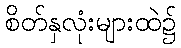
စိတ်နှလုံးများထဲ၌